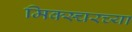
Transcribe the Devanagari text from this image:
मिक्स्चरच्या